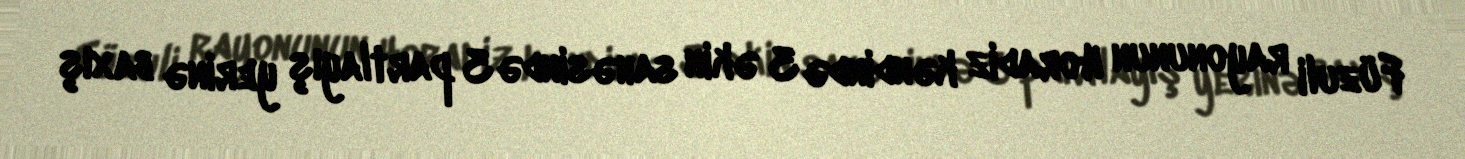
Füzuli rayonunun Horadiz kəndində 3 əkin sahəsində 3 partlayış yerinə baxış